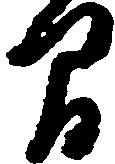
間